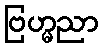
ဗြဟ္မညာ